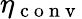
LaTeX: \eta_{\mathrm{~c~o~n~v~}}